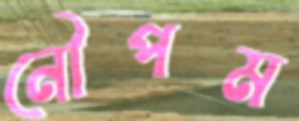
নৌপম